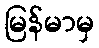
မြန်မာမှ